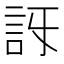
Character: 𧥯